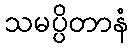
သမပ္ပိတာနံ